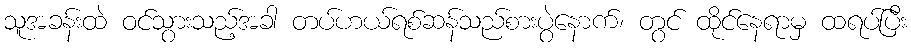
သူအခန်းထဲ ဝင်သွားသည့်အခါ တပ်ဟယ်ရစ်ဆန်သည်စားပွဲနောက်၊ တွင် ထိုင်နေရာမှ ထရပ်ပြီး